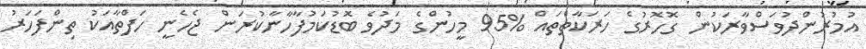
އުމުރުންދުވަސްވާރަކުން ގޮހޮރުގެ ހަރަކާތްތައް %95 މީހުންގެ މަދުވެ ބޮޑުކަމުފާހާނާކުރަން ޖެހެނީ ހަފްތާއަކު ތިންފަހަރު